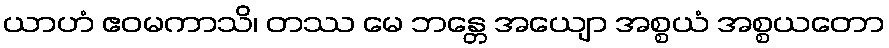
ယာဟံ ဧဝမကာသိ၊ တဿ မေ ဘန္တေ အယျော အစ္စယံ အစ္စယတော